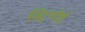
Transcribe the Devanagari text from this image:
स्ट्रिगोई